kultuurilooline_kollektsioon, lk 3
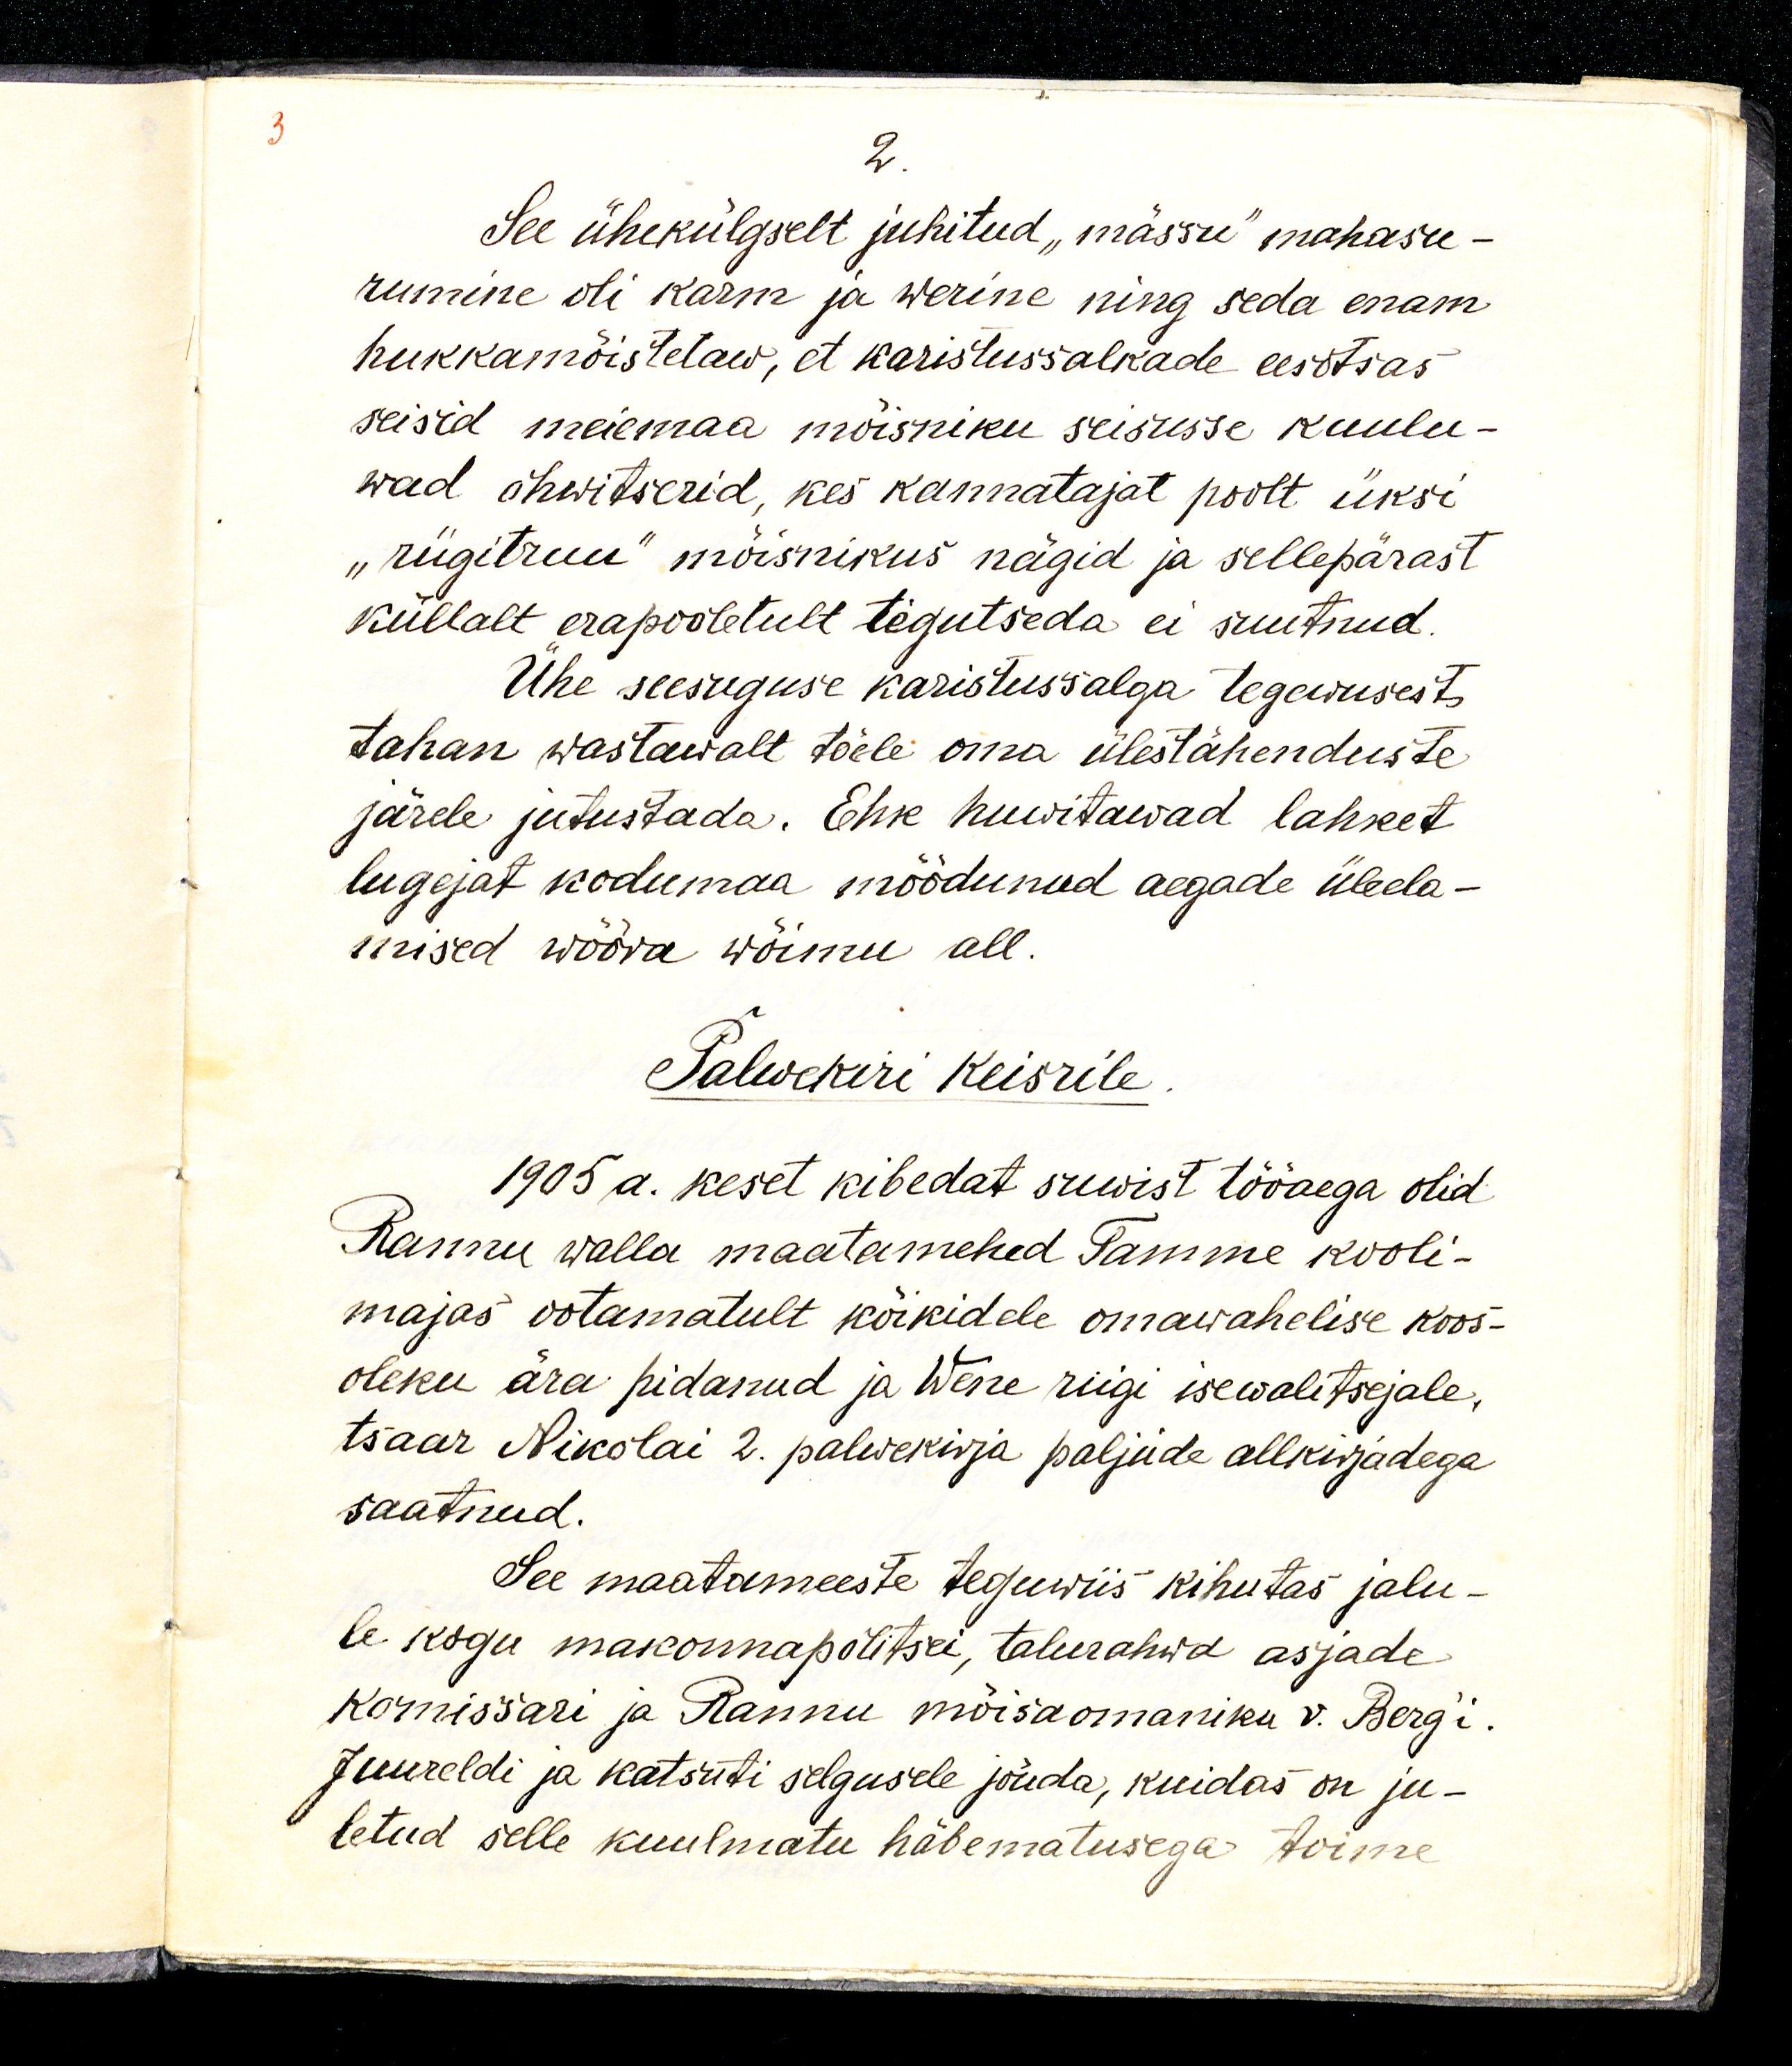
2.
See ühekülgselt juhitud „mässu“ mahasu-
rumine oli karm ja werine ning seda enam
hukkamõistetaw, et karistussalkade eesotsas
seisid meiemaa mõisniku seisuste kuulu-
wad ohwitserid, kes kannatajat poolt üksi
„riigitruu“ mõisnikus nägid ja sellepärast
küllalt erapooletult tegutseda ei suutnud.
Ühe seesuguse karistussalga tegewusest
tahan wastawalt tõele oma ülestähenduste
järele jutustada. Ehk huwitavad lahket 
lugejat kodumaa möödunud aegade üleela-
mised wõõra võimu all.
Palwekiri keisrile.
1905 a. keset kibedat suwist tööaega olid
Rannu walla maatamehed Tamme kooli-
majas ootamatult kõikidele omawahelise koos-
oleku ära pidanud ja Wene riigi isewalitsejale,
tsaar Nikolai 2. palwekirja paljude allkirjadega
saatnud.
See maatameeste teguwiis kihutas jalu-
le kogu makonnapolitsei, talurahwa asjade
komissari ja Rannu mõisaomaniku v. Berg'i.
Juureldi ja katsuti selgusele jõuda, kuidas on ju-
letud selle kuulmatu häbematusega toime